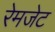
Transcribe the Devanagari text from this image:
रेमजेट